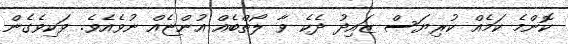
ކޮންމެ ކަމެއް ކުރިޔަސް ޒައިދު ދެކެ ވާ ލޯތްބެއް އުންޏެއް ނުވެއެވެ. ވަކިވެގެން